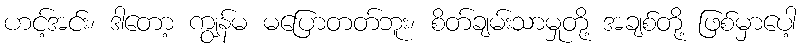
ဟင့်အင်း၊ ဒါတော့ ကျွန်မ မပြောတတ်ဘူး၊ စိတ်ချမ်းသာမှုတို့ အချစ်တို့ ဖြစ်မှာပေါ့